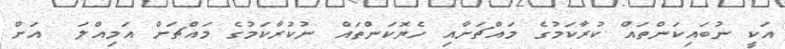
އަކީ ނުބައިކަންތައް ކުރާކަމުގެ މައްޗަށާއި ހެޔޮކަންތައް ނުކުރާކަމުގެ މައްޗަށް އަމިއްލަ  އަށް